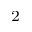
_ { 2 }